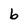
Character: b